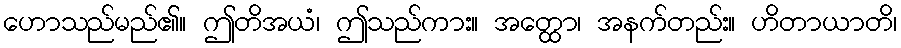
ဟောသည်မည်၏။ ဤတိအယံ၊ ဤသည်ကား။ အတ္ထော၊ အနက်တည်း။ ဟိတာယာတိ၊